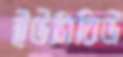
ইউসিবিউ